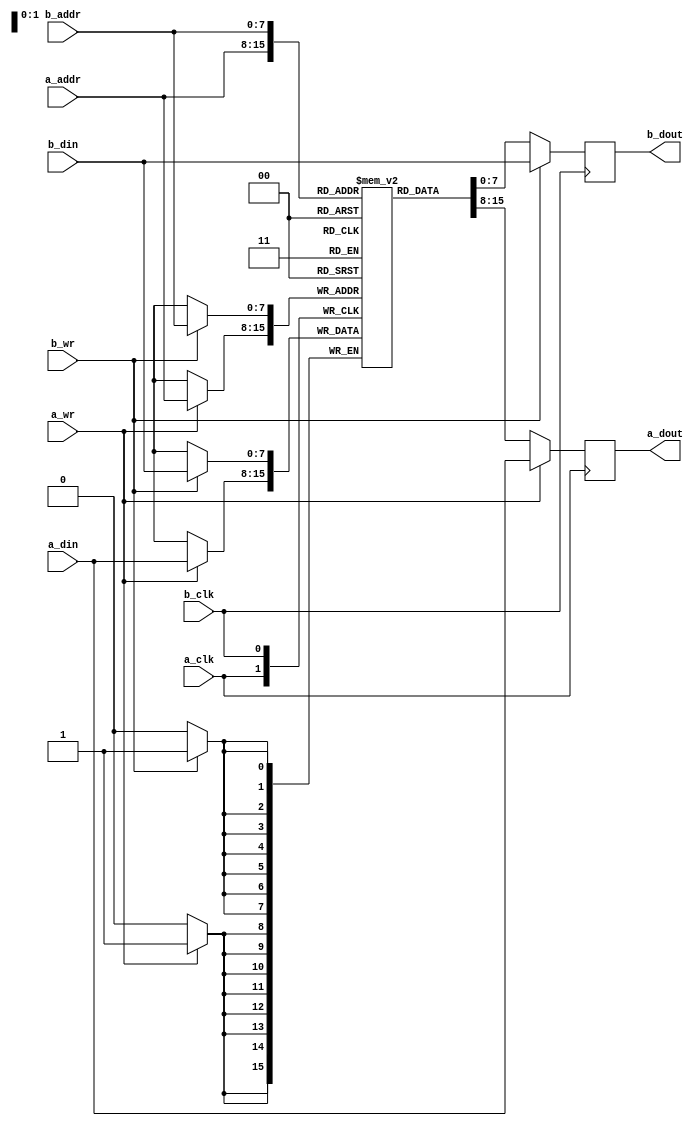
//==================================================================================================
//  Revision      :
//  Company       : Universidad Simn Bolvar
//
//  Description   : Block RAM used for the Internal Memory
//                  WARNING: registered input address. Latency: 1 cycle.
//==================================================================================================

module memory_bram_dp #(
    parameter data_size = 8,                // Default: 8 bits
    parameter addr_size = 8                 // Default: 256 lines
    )(
    // Port A
    input                       a_clk,      // Port A clock
    input                       a_wr,       // 1 = write. 0 = Read
    input       [addr_size-1:0] a_addr,     // Address
    input       [data_size-1:0] a_din,      // Input data
    output  reg [data_size-1:0] a_dout,     // Output data
    // Port B
    input                       b_clk,      // Port A clock
    input                       b_wr,       // 1 = write. 0 = Read
    input       [addr_size-1:0] b_addr,     // Address
    input       [data_size-1:0] b_din,      // Input data
    output  reg [data_size-1:0] b_dout      // Output data
    );

    //--------------------------------------------------------------------------
    // Memory
    //--------------------------------------------------------------------------
    reg [data_size-1:0] mem [0:(2**addr_size)-1];

    //--------------------------------------------------------------------------
    // Port A
    //--------------------------------------------------------------------------
    always @(posedge a_clk) begin
        a_dout <= mem[a_addr];
        if(a_wr) begin
            a_dout      <= a_din;
            mem[a_addr] <= a_din;
        end
    end

    //--------------------------------------------------------------------------
    // Port B
    //--------------------------------------------------------------------------
    always @(posedge b_clk) begin
        b_dout <= mem[b_addr];
        if(b_wr) begin
            b_dout      <= b_din;
            mem[b_addr] <= b_din;
        end
    end
endmodule